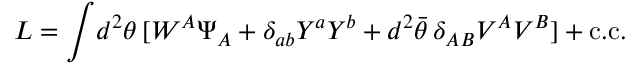
L = \int \! d ^ { 2 } \theta \, [ W ^ { A } \Psi _ { A } + \delta _ { a b } Y ^ { a } Y ^ { b } + d ^ { 2 } \bar { \theta } \, \delta _ { A B } { \cal V } ^ { A } { \cal V } ^ { B } ] + \mathrm { c . c . }